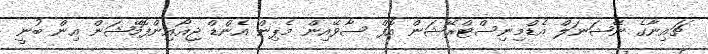
ޗައިނާގެ ނޭޝަނަލް އެޑްމިނިސްޓްރޭޝަން އޮފް ސާވޭއިން މެޕިން އެންޑް ޖިއޯއިންފޮމޭޝަން އިން ބުނީ